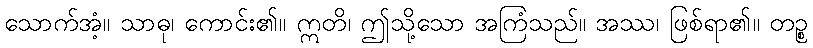
သောက်အံ့။ သာဓု၊ ကောင်း၏။ ဣတိ၊ ဤသို့သော အကြံသည်။ အဿ၊ ဖြစ်ရာ၏။ တဉ္စ